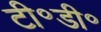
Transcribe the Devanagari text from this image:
टी॰डी॰